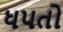
ધપતો